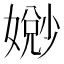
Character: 𫱧